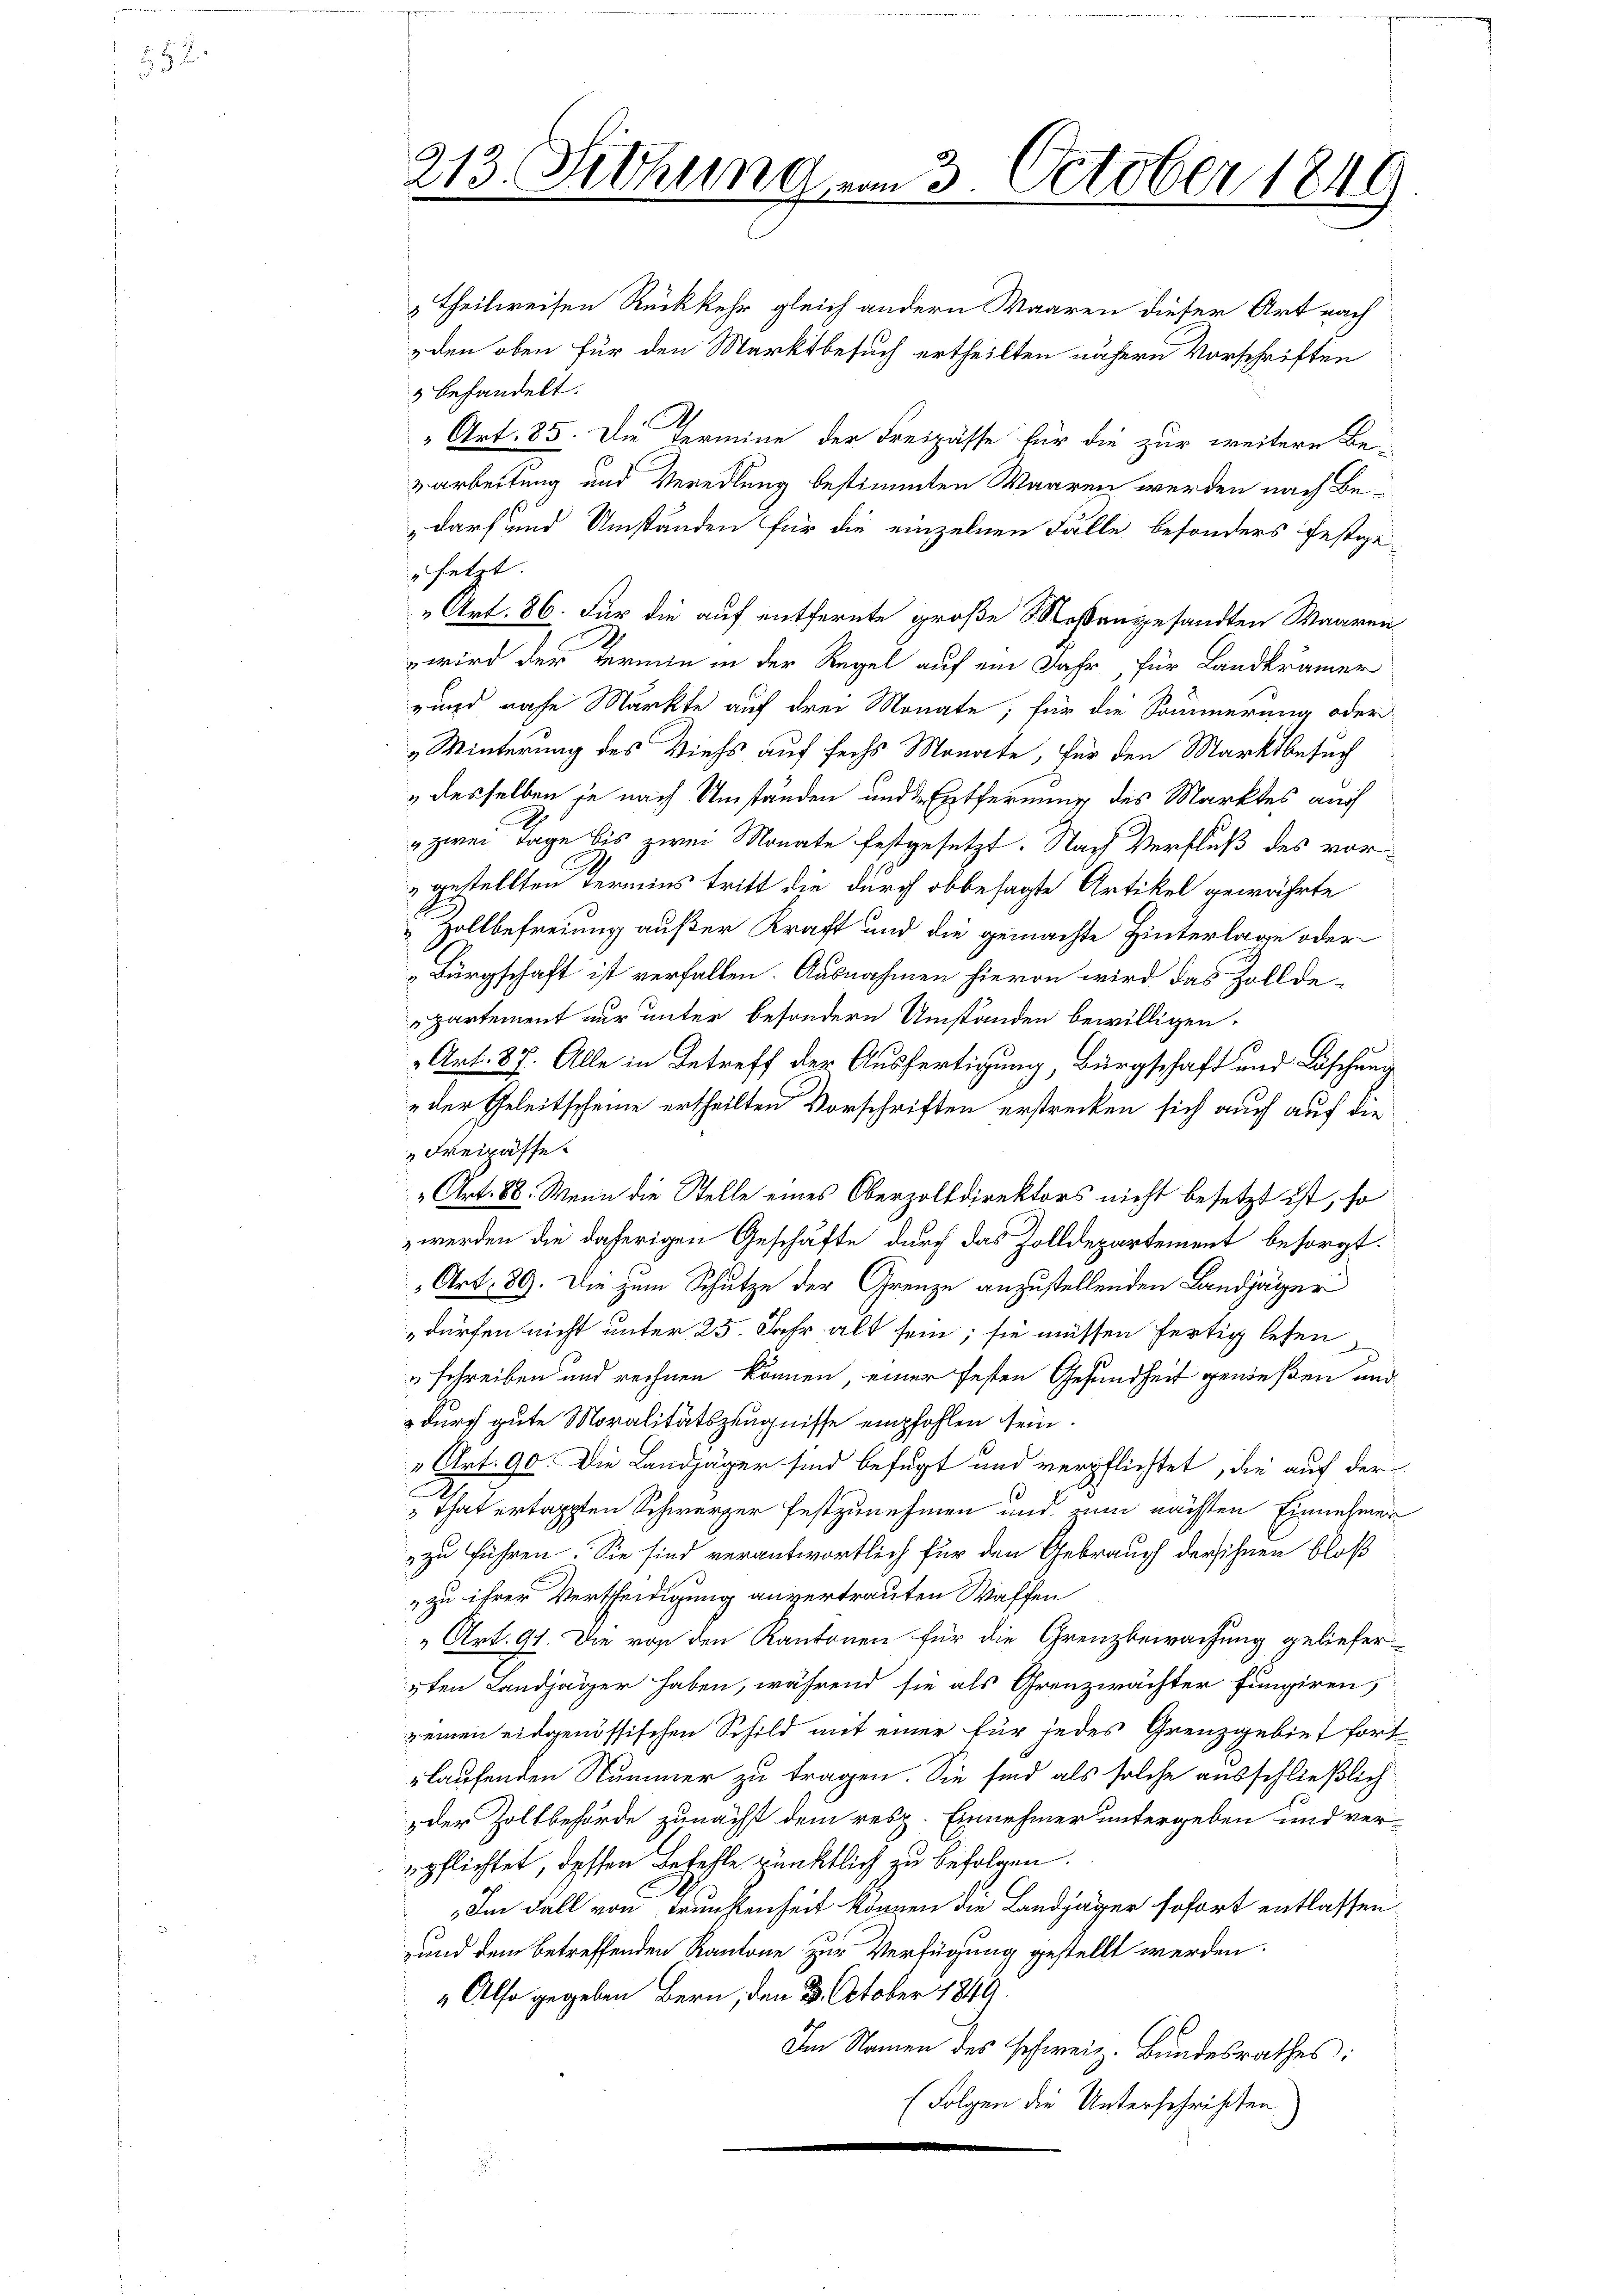
„Theilweisen Rückkehr gleich andern Waaren dieser Art nach
 den oben für den Marktbesuch ertheilten nähern Vorschriften
3 behandelt.
Art. 85. Die Termine der Freizässe für die zur weitere Be-
zarbeitung und Veredlung bestimmten Waaren werden nach Be¬
„darf und Umständen für die einzelnen Fälle besonders festge-
setzt.
„Art. 86. Für die auf entfernte große Maßengesandten Waaren
wird der Termin in der Regel auf ein Jahr, für Landkramer
rund nahe Markte auf drei Monate, für die Sommerung oder
Minterung des Viehs auf sechs Monate, für den Marktbesuch
desselben je nach Umständen und Entfernung des Marktes auch
" zwei Tage bis zwei Monate festgesetzt. Nach Verfluß des vor¬
" gestellten Termins tritt die durch obbesagte Artikel gewährte
 Zollbefreiung außer Kraft und die gemachte Hinterlage oder
Bürgschaft ist verfallen. Ausnahmen hievon wird das Zollde-
partement nur unter besondern Umständen bewilligen.
72
Art. 87. Alle in Betreff der Ausfertigung, Bürgschaft und Löschung
„der Geleitscheine ertheilten Vorschriften erstrecken sich auch auf die
Freihaffe.
„ Art. 88. Wenn die Stelle eines Oberzolldirektors nicht besetzt ist, so
werden die daherigen Geschäfte durch das Zolldepartement besorgt.
Art. 89. Die zum Schutze der Grenze anzustellenden Landjäger
dürfen nicht unter 25. Jahr alt sein; sie müssen fertig lesen
uschreiben und rechnen können, einer festen Gesundheit genießen und
durch gute Moralitätszeugnisse empfohlen sein.
" Art. 90. Die Landjäger sind befugt und verpflichtet, die auf der
 That ertappten Schwerzer festzunehmen und nun nächsten Einnehmen
zu führen. Sie sind verantwortlich für den Gebrauch der ihnen bloß
„zu ihrer Vertheidigung anvertrauten Waffen
„Art. 91. Die von den Kantonen für die Grenzbewachung geliefer¬
2ten Landjäger haben, während sie als Grenzwächter fungiren,
zeinen eidgenössischen Schild mit einer für jedes Grenzgebiet fort
rlaufenden Stummer zu tragen. Sie sind als solche ausschließlich
der Zollbehörde zunächst dem resp. Einnehmer untergeben und ver-
pflichtet, dessen Befehle pünktlich zu befolgen.
„Im Fall von Trunkenheit können die Landjäger sofort entlassen
und dem betreffenden Kantone zur Verfügung gestellt werden.
" Also gegeben Bern, den 3. October 1849.
Im Namen des schweiz. Bundesrathes:
(Folgen die Unterschriften

213. Sitzung vom 3. October 1849